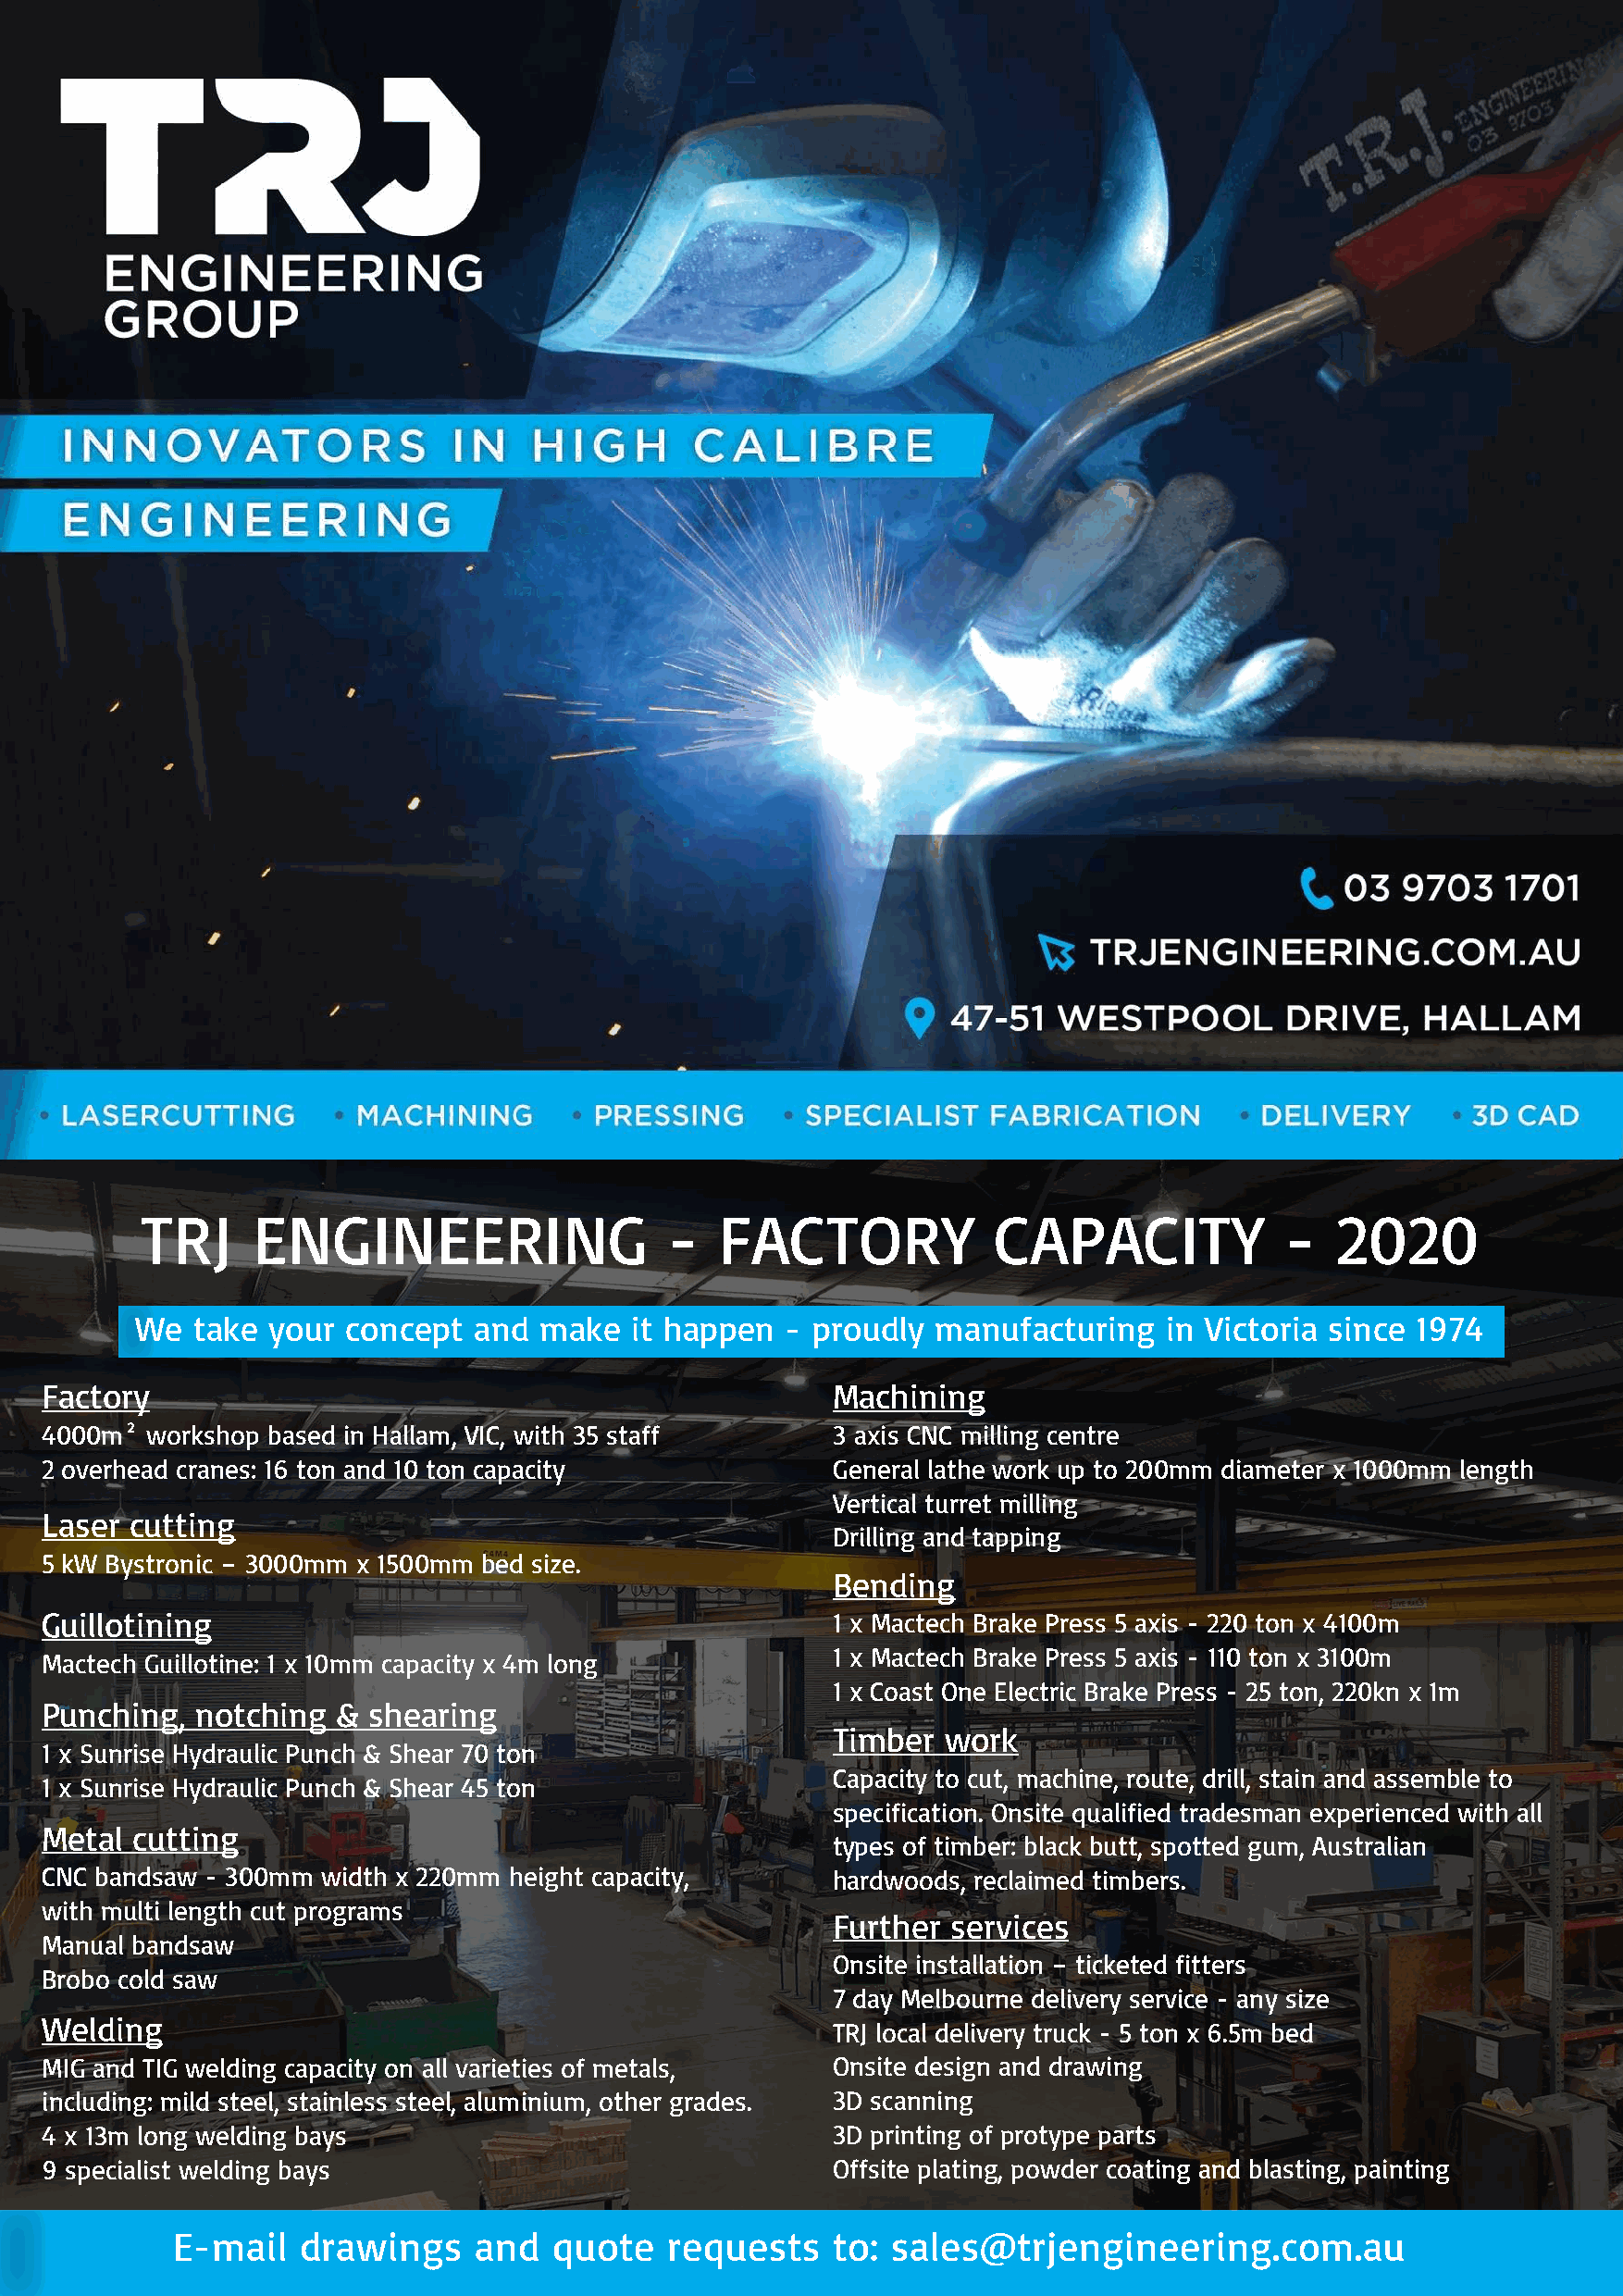
TRJ     ENGINEERING                   -  FACTORY             CAPACITY             -   2020
 We  take your  concept  and  make  it happen  - proudly  manufacturing   in Victoria since 1974
 Factory                                                  Machining
 4000m²  workshop based in Hallam, VIC, with 35 staff     3 axis CNC milling centre
 2 overhead cranes: 16 ton and 10 ton capacity            General lathe work up to 200mm diameter x 1000mm length
 Vertical turret milling
 Laser cutting
 Drilling and tapping
 5 kW Bystronic – 3000mm x 1500mm bed size.
 Bending
 Guillotining                                             1 x Mactech Brake Press 5 axis - 220 ton x 4100m
 1 x Mactech Brake Press 5 axis - 110 ton x 3100m
 Mactech Guillotine: 1 x 10mm capacity x 4m long
 1 x Coast One Electric Brake Press - 25 ton, 220kn x 1m
 Punching,  notching  & shearing
 Timber  work
 1 x Sunrise Hydraulic Punch & Shear 70 ton
 Capacity to cut, machine, route, drill, stain and assemble to
 1 x Sunrise Hydraulic Punch & Shear 45 ton
 specification . Onsite qualified tradesman experienced with all
 Metal  cutting
 types of timber: black butt, spotted gum, Australian
 CNC bandsaw - 300mm width x 220mm height capacity,       hardwoods, reclaimed timbers .
 with multi length cut programs
 Further services
 Manual bandsaw
 Onsite installation – ticketed fitters
 Brobo cold saw
 7 day Melbourne delivery service - any size
 Welding
 TRJ local delivery truck - 5 ton x 6.5m bed
 MIG and TIG welding capacity on all varieties of metals, Onsite design and drawing
 including: mild steel, stainless steel , aluminium, other grades . 3D scanning
 4 x 13m long welding bays                                3D printing of protype parts
 9 specialist welding bays                                Offsite plating , powder coating and blasting, painting
 E-mail   drawings     and   quote   requests    to: sales@trjengineering.com.au